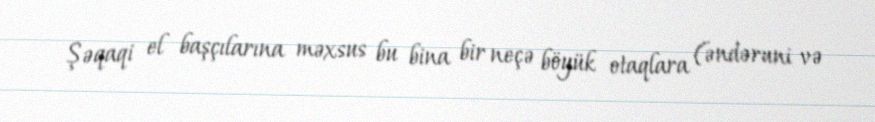
Şəqaqi el başçılarına məxsus bu bina bir neçə böyük otaqlara (əndəruni və